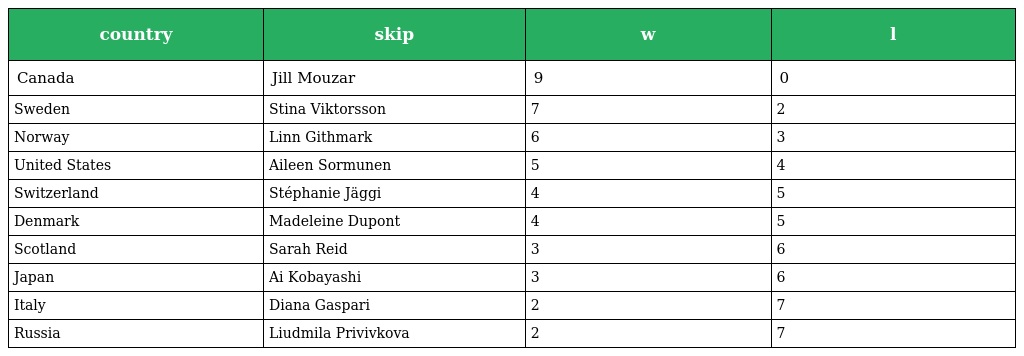
| country | skip | w | l |
 | --- | --- | --- | --- |
 | Canada | Jill Mouzar | 9 | 0 |
 | Sweden | Stina Viktorsson | 7 | 2 |
 | Norway | Linn Githmark | 6 | 3 |
 | United States | Aileen Sormunen | 5 | 4 |
 | Switzerland | Stéphanie Jäggi | 4 | 5 |
 | Denmark | Madeleine Dupont | 4 | 5 |
 | Scotland | Sarah Reid | 3 | 6 |
 | Japan | Ai Kobayashi | 3 | 6 |
 | Italy | Diana Gaspari | 2 | 7 |
 | Russia | Liudmila Privivkova | 2 | 7 |